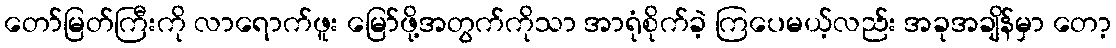
တော်မြတ်ကြီးကို လာရောက်ဖူး မြော်ဖို့အတွက်ကိုသာ အာရုံစိုက်ခဲ့ ကြပေမယ့်လည်း အခုအချိန်မှာ တော့